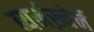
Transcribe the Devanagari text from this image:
ब्यर्नख़्वेर्ने